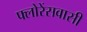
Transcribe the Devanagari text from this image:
फ्लोरेंसवासी